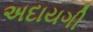
અદાયગી